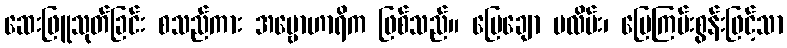
ဆေးဖြူသုတ်ခြင်း စသည်ကား အဗ္ဗောဟာရိက ဖြစ်သည်။ မြေချော မလိမ်း၊ မြေကြမ်းစွန်းဖြင့်သာ